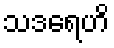
သဒရေဟိ